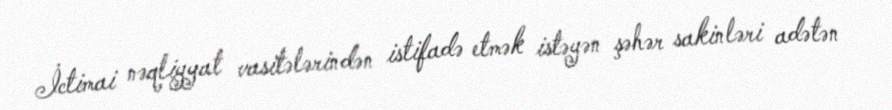
İctimai nəqliyyat vasitələrindən istifadə etmək istəyən şəhər sakinləri adətən